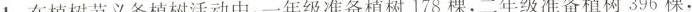
1.在植树节义务植树活动中，一年级准备植树178棵，二年级准备植树396棵，